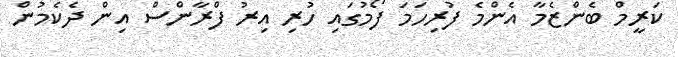
ކަރީމް ބެންޒެމާ އެންމެ ފުރިހަމަ ފޯމުގައި ހުރި އިރު ފްރާންސް އިން ދެކެމުން